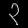
Digit: ၃